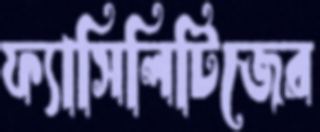
ফ্যাসিলিটিজের